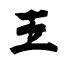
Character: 王